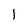
Character: 1